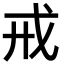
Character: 戒